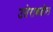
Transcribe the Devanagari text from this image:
उतेराकडील